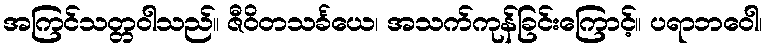
အကြင်သတ္တဝါသည်။ ဇီဝိတသင်္ခယေ၊ အသက်ကုန်ခြင်းကြောင့်။ ပရာဘဝေါ၊